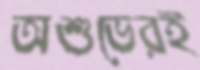
অশুভেরই